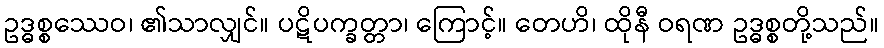
ဥဒ္ဓစ္စဿေဝ၊ ၏သာလျှင်။ ပဋိပက္ခတ္တာ၊ ကြောင့်။ တေဟိ၊ ထိုနီ ဝရဏ ဥဒ္ဓစ္စတို့သည်။